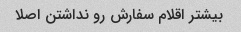
بیشتر اقلام سفارش رو نداشتن اصلا